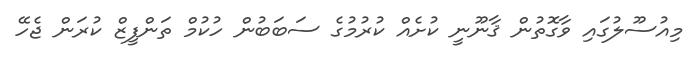
މިއުސޫލުގައި ވާގޮތުން ޤާނޫނީ ކުށެއް ކުރުމުގެ ސަބަބުން ހުކުމް ތަންފީޒް ކުރަން ޖެހޭ